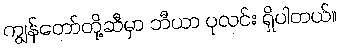
ကျွန်တော်တို့ဆီမှာ ဘီယာ ပုလင်း ရှိပါတယ်။